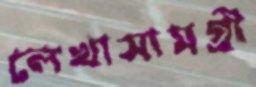
লেখাসামগ্রী